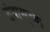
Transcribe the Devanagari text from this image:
तंबाखुच्या